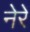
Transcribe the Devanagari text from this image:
नेरें